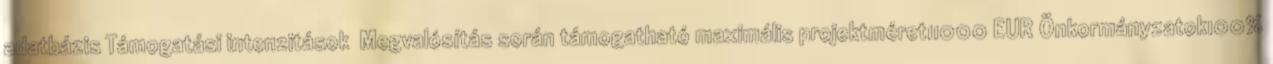
adatbázis Támogatási intenzitások ▪Megvalósítás során támogatható maximális projektméret11000 EUR▪Önkormányzatok100%